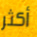
أكثر